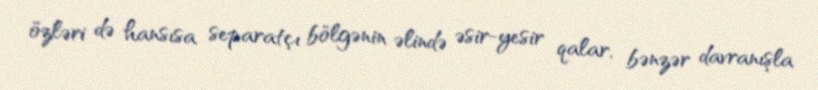
özləri də hansısa separatçı bölgənin əlində əsir-yesir qalar, bənzər davranışla